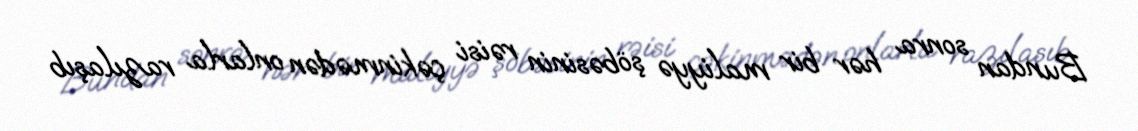
Bundan sonra hər bir maliyyə şöbəsinin rəisi çəkinmədən onlarla razılaşıb